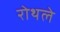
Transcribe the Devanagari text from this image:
रोथले